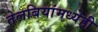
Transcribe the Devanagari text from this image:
तेलबियांमध्येही